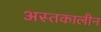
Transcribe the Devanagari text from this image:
अस्तकालीन